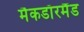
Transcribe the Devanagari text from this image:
मैकडाॅरमैंड